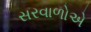
સરવાળોએ